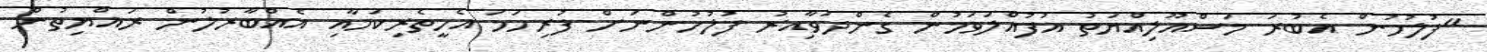
"ފުލުހުން އެބުރަ މަސްއޫލިއްޔަތު އުފުއްލަވަމުން ގެންދަވާއިރު ފުލުހުންނަށް ފުރިހަމަ އެހީތެރިކަމާއި އެއްބާރުލުން ރައްޔިތުން